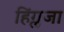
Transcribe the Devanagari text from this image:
हिंग्लजा